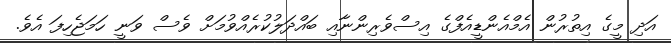
އަދި މީގެ އިތުރުން އެމްއެންޑީއެފްގެ އިސްވެރިންނާއި ބައްދަލުކުރެއްވުމަށް ވެސް ވަނީ ހަމަޖެހިފަ އެވެ.